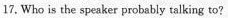
17. Who is the speaker probably talking to?